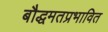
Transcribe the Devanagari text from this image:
बौद्धमतप्रभावित